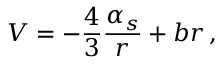
V = - { \frac { 4 } { 3 } } { \frac { \alpha _ { s } } { r } } + b r \, ,